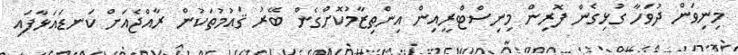
މިނިވަން ދުވަހާ ގުޅިގެން ފޮރިން މިނިސްޓްރީއިން އިންތިޒާމުކޮށްގެން ބޭރު ޤައުމުތަކުން ރާއްޖެއަށް ކަނޑައަޅާފައި